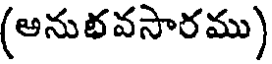
(అనుభవసారము)